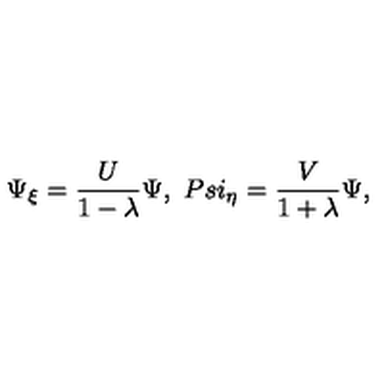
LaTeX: \Psi _ { \xi } = \frac { U } { 1 - \lambda } \Psi , \ P s i _ { \eta } = \frac { V } { 1 + \lambda } \Psi ,